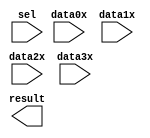
module counterselect (
	data0x,
	data1x,
	data2x,
	data3x,
	sel,
	result);

	input	[20:0]  data0x;
	input	[20:0]  data1x;
	input	[20:0]  data2x;
	input	[20:0]  data3x;
	input	[1:0]  sel;
	output	[20:0]  result;

endmodule